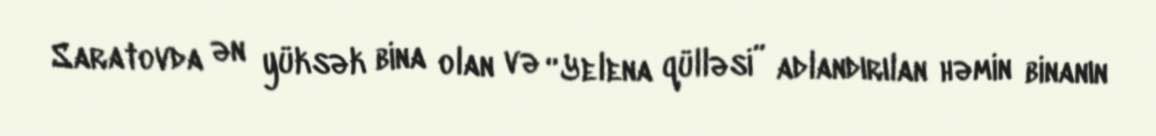
Saratovda ən yüksək bina olan və “Yelena qülləsi” adlandırılan həmin binanın